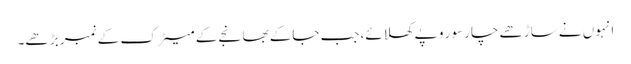
انہوں نے ساڑھے چارسو ر و پے کھلائے،جب جاکے بھانجے کے میٹرک کے نمبر بڑ ھے۔